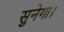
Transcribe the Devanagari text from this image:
सुनेगा।